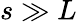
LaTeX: s\gg L